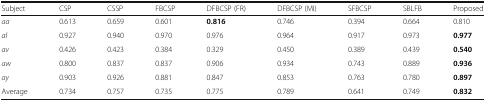
| Subject | CSP | CSSP | FBCSP | DFBCSP (FR) | DFBCSP (MI) | SFBCSP | SBLFB | Proposed |
 | --- | --- | --- | --- | --- | --- | --- | --- | --- |
 | aa | 0.613 | 0.659 | 0.601 | 0.816 | 0.746 | 0.394 | 0.664 | 0.810 |
 | al | 0.927 | 0.940 | 0.970 | 0.976 | 0.964 | 0.917 | 0.973 | 0.977 |
 | av | 0.426 | 0.423 | 0.384 | 0.329 | 0.450 | 0.389 | 0.439 | 0.540 |
 | aw | 0.800 | 0.837 | 0.837 | 0.906 | 0.934 | 0.743 | 0.889 | 0.936 |
 | ay | 0.903 | 0.926 | 0.881 | 0.847 | 0.853 | 0.763 | 0.780 | 0.897 |
 | Average | 0.734 | 0.757 | 0.735 | 0.775 | 0.789 | 0.641 | 0.749 | 0.832 |